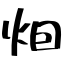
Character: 𤇆